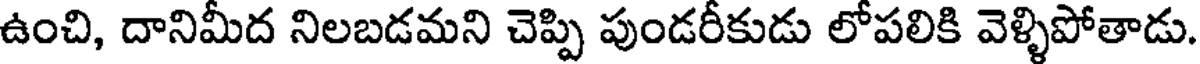
ఉంచి, దానిమీద నిలబడమని చెప్పి పుండరీకుడు లోపలికి వెళ్ళిపోతాడు.